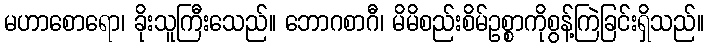
မဟာစောရော၊ ခိုးသူကြီးသေည်။ ဘောဂစာဂီ၊ မိမိစည်းစိမ်ဥစ္စာကိုစွန့်ကြဲခြင်းရှိသည်။